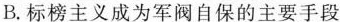
B.标榜主义成为军阀自保的主要手段